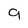
Character: 9